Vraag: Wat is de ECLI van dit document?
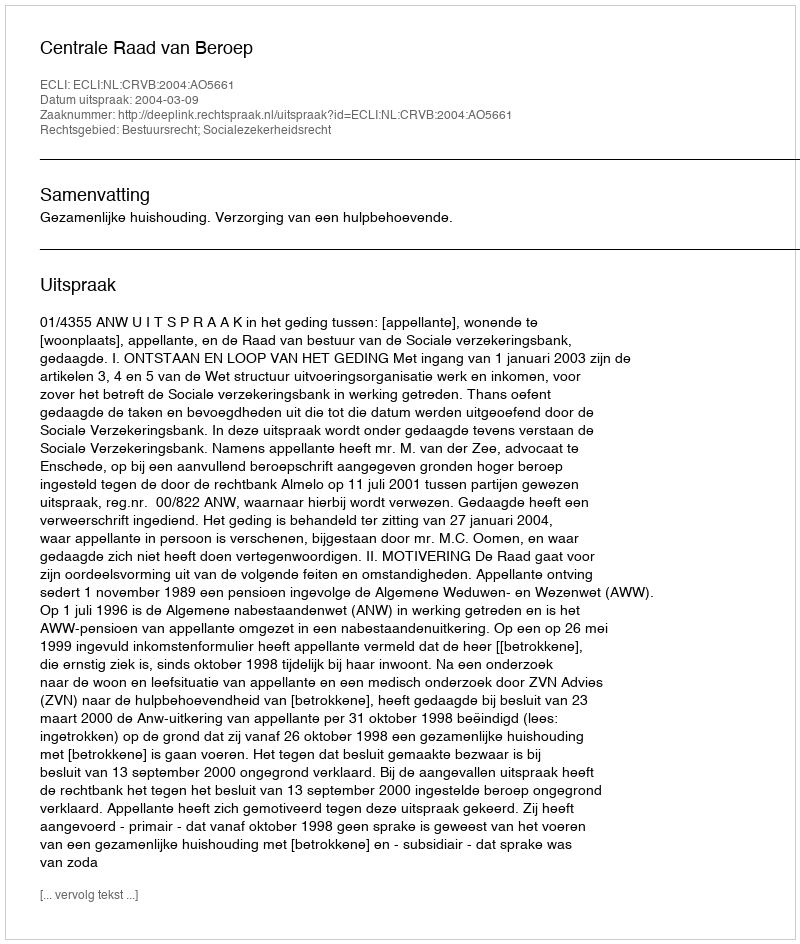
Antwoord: ECLI:NL:CRVB:2004:AO5661